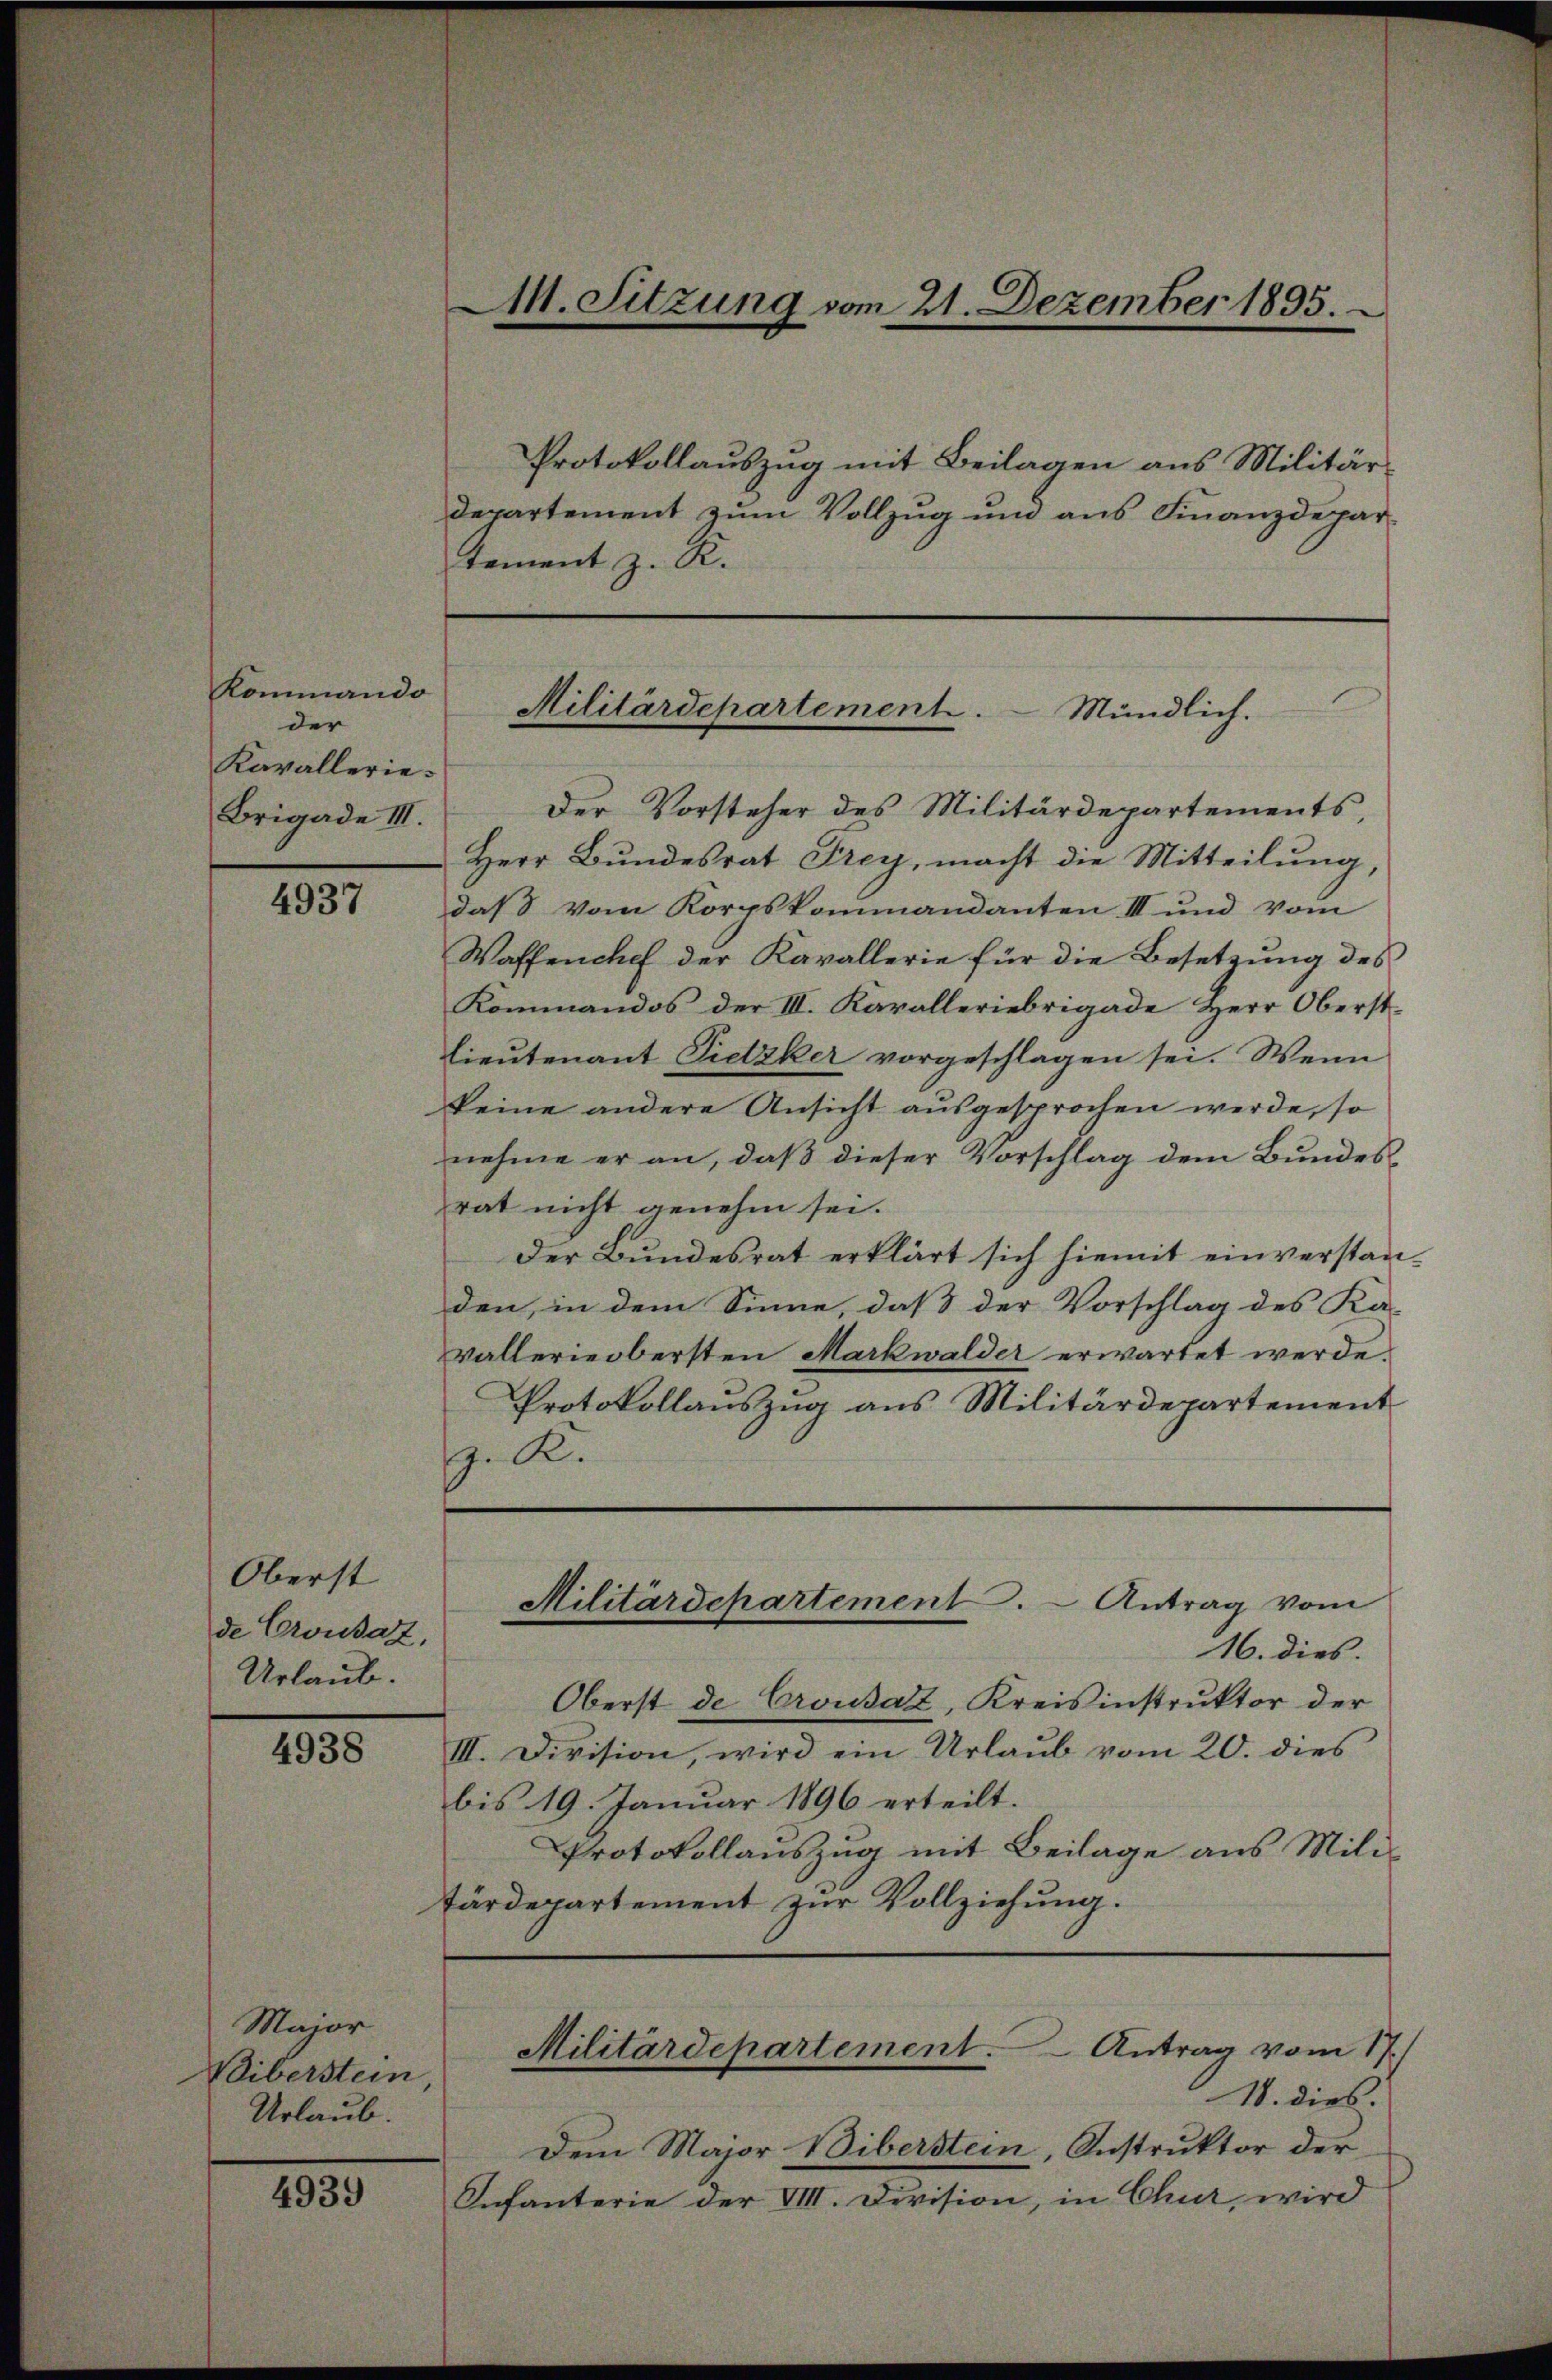
Kommando
der
Kavallerie¬
Brigade III.

4937

Oberst
de Crousaz,
Urlaub.

4938

Major
Viberstein
Urlaub.

4939

M. Sitzung vom 21. Dezember 1895.

Protokollauszug mit Beilagen aus Militärdepartement zum Vollzug und aus Finanzdepartement z. R.
Der Vorsteher des Militärdepartements,
Herr Bundesrat Frey, macht die Mitteilŭng,
das vom Korpskommandanten III und vom
Waffenchef der Kavallerie für die Besetzung des
Kommandos der III. Karalleriebrigade Herr Oberst-
lieutenant Pietzker vorgeschlagen sei. Wenn
keine andere Ansicht ausgesprochen werde, so
nehme er an, daβ dieser Vorschlag dem Bundes-
rat nicht genehm sei.
der Bundesrat erklärt sich hiemit einverstanden, in dem Sinne, daß der Vorschlag des Ka-
vallerie obersten Markwalder erwartet werde.
Protokollauszug aus Militärdepartement
g. R.
Militärdepartement. Antrag vom
16. dies.
Oberst de Crousaz, Kreisinstruktor der
III. Division, wird ein Urlaub vom 20. dies
bis 19. Januar 1896 erteilt.
Protokollauszug mit Beilage aus Mili-
tärdepartement zur Vollziehung.

Militärdepartement. Mündlich.

Militärdepartement. Antrag vom 17.)
18. dies.

Dem Major Biberstein, Instruktor der
Infanterie der VIII. Division, in Chur, wird